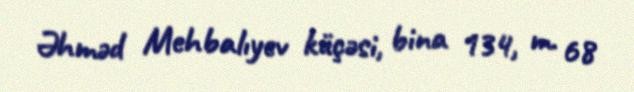
Əhməd Mehbalıyev küçəsi, bina 134, m. 68